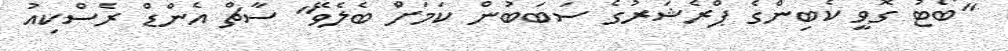
"ބޯޓު ގޮވީ ކެބިންގެ ޕްރެޝަރުގެ ސަބަބުން ކަމަށް ބެލެވޭ" ސާޗް އެންޑް ރެސްކިއު